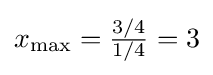
{\textstyle x_{\mathrm {max} }={\frac {3/4}{1/4}}=3}